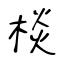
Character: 棪